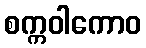
စက္ကဝါကောဝ